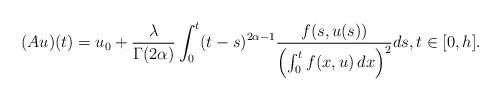
LaTeX: \begin{align*}(Au)(t)=u_0+\frac{\lambda}{\Gamma (2\alpha )}\int_0^{t}(t-s)^{2\alpha-1}\frac{f(s, u(s))}{\left( \int_{0}^{t}f(x, u)\, dx\right)^{2}} ds,t\in [0,h]. \end{align*}